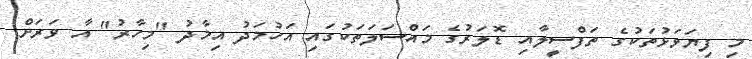
މި ފިޔަވަޅުތަކުގެ ތަފްސީލާއި ޑޮލަރުގެ މައްސަލަތަކުގައި އަހުމަދު އިމާދު "މިހާރު" އާ ވަރަށް